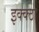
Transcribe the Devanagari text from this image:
इक्क्ठा